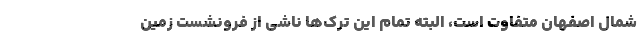
شمال اصفهان متفاوت است، البته تمام این ترک‌ها ناشی از فرونشست زمین